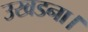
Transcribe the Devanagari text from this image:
उखडना।